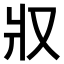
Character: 𤕭